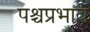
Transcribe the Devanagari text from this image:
पश्चप्रभाव